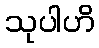
သုပါဟိ